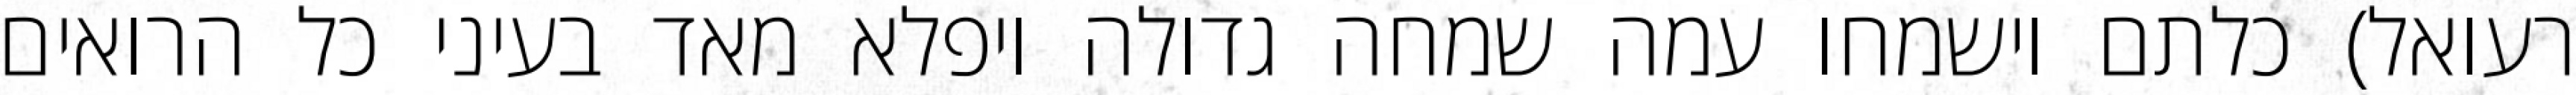
רעואל) כלתם וישמחו עמה שמחה גדולה ויפלא מאד בעיני כל הרואים